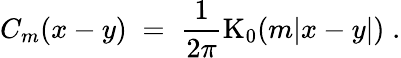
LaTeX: C_{m}(x-y)\; =\; \frac{1}{2\pi}\mathrm{K}_{0}(m|x-y|)\; .